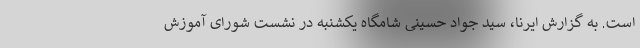
است. به گزارش ایرنا، سید جواد حسینی شامگاه یکشنبه در نشست شورای آموزش